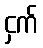
ငှက်